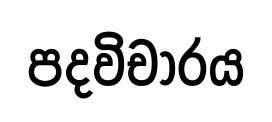
පදවිචාරය